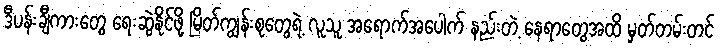
ဒီပန်းချီကားတွေ ရေးဆွဲနိုင်ဖို့ မြိတ်ကျွန်းစုတွေရဲ့ လူသူ အရောက်အပေါက် နည်းတဲ့ နေရာတွေအထိ မှတ်တမ်းတင်